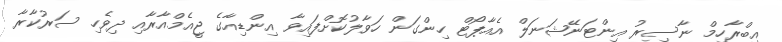
އިބްރާހިމް ނާސިރު އިންޓަނޭޝަނަލް އެއާޕޯޓް ހިންގަން ހަވާލުކޮށްފައިވާ އިންޑިއާގެ ޖީއެމްއާރާއި ދިވެހި ސަރުކާރާ